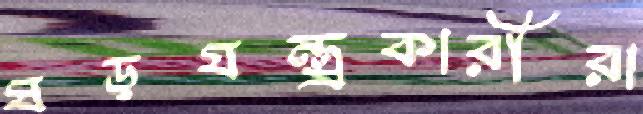
ষড়যন্ত্রকারীরা